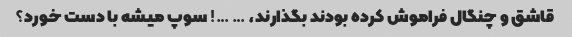
قاشق و چنگال فراموش کرده بودند بگذارند، … …! سوپ میشه با دست خورد؟